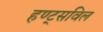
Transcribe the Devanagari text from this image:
हण्ट्सविल